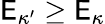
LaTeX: \mathsf{E}_{\kappa^{\prime}}\geq\mathsf{E}_{\kappa}